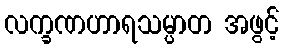
လက္ခဏဟာရသမ္ပာတ အဖွင့်